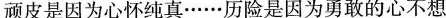
顽皮是因为心怀纯真\cdots \cdots 历险是因为勇敢的心不想